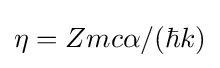
\eta =Zmc\alpha /(\hbar k)